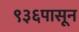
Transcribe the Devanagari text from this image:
९३६पासून